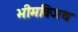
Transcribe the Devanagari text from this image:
भीमविजय